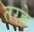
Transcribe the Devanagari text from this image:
तरहे